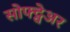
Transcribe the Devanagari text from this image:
सोफ्ट्वेअर